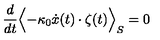
\frac { d } { d t } \Bigl < - \kappa _ { 0 } \dot { x } ( t ) \cdot \zeta ( t ) \Bigr > _ { S } = 0